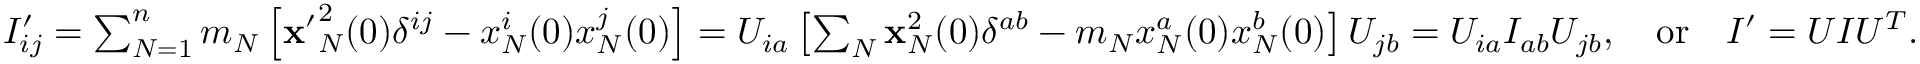
\begin{array} { r } { I _ { i j } ^ { \prime } = \sum _ { N = 1 } ^ { n } m _ { N } \left[ { \bf x ^ { \prime } } _ { N } ^ { 2 } ( 0 ) \delta ^ { i j } - x _ { N } ^ { i } ( 0 ) x _ { N } ^ { j } ( 0 ) \right] = U _ { i a } \left[ \sum _ { N } { \bf x } _ { N } ^ { 2 } ( 0 ) \delta ^ { a b } - m _ { N } x _ { N } ^ { a } ( 0 ) x _ { N } ^ { b } ( 0 ) \right] U _ { j b } = U _ { i a } I _ { a b } U _ { j b } , \quad \mathrm { o r } \quad I ^ { \prime } = U I U ^ { T } . \quad } \end{array}